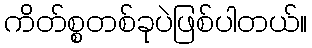
ကိတ်စ္စတစ်ခုပဲဖြစ်ပါတယ်။